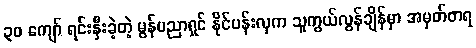
၃၀ ကျော် ရင်းနှီးခဲ့တဲ့ မွန်ပညာရှင် နိုင်ပန်းလှက သူကွယ်လွန်ချိန်မှာ အမှတ်တရ